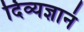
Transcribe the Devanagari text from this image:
दिव्यज्ञानं